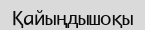
Қайыңдышоқы